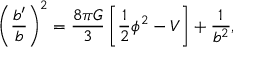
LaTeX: \left( { \frac { b ^ { \prime } } { b } } \right) ^ { 2 } = { \frac { 8 \pi G } { 3 } } \left[ { \frac { 1 } { 2 } } \phi ^ { 2 } - V \right] + { \frac { 1 } { b ^ { 2 } } } ,